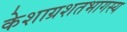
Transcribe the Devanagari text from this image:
केशाग्रशतभागस्य